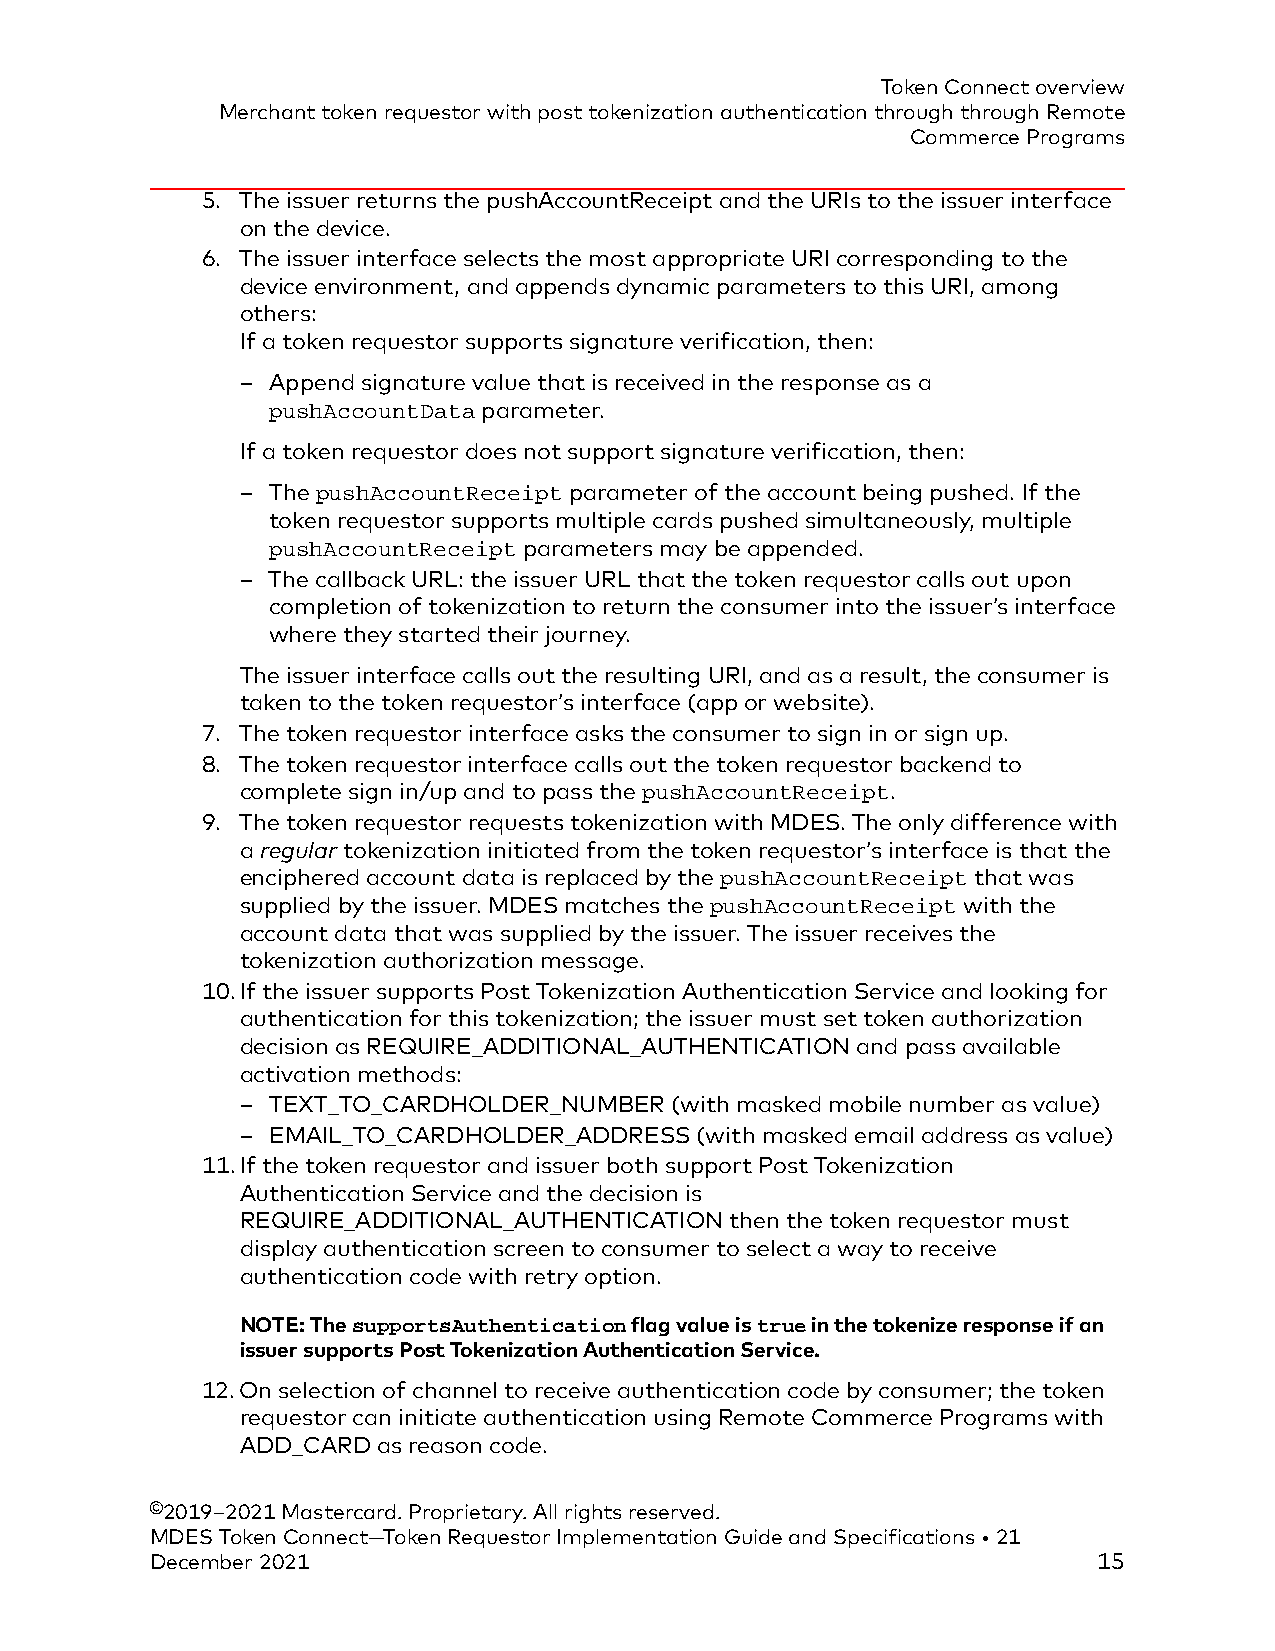
Token Connect overview
 Merchant token requestor with post tokenization authentication through through Remote
 Commerce Programs
 5. The issuer returns the pushAccountReceipt and the URIs to the issuer interface
 on the device.
 6. The issuer interface selects the most appropriate URI corresponding to the
 device environment, and appends dynamic parameters to this URI, among
 others:
 If a token requestor supports signature verification, then:
 – Append signature value that is received in the response as a
 pushAccountData parameter.
 If a token requestor does not support signature verification, then:
 – The pushAccountReceipt parameter of the account being pushed. If the
 token requestor supports multiple cards pushed simultaneously, multiple
 pushAccountReceipt parameters may be appended.
 – The callback URL: the issuer URL that the token requestor calls out upon
 completion of tokenization to return the consumer into the issuer’s interface
 where they started their journey.
 The issuer interface calls out the resulting URI, and as a result, the consumer is
 taken to the token requestor’s interface (app or website).
 7. The token requestor interface asks the consumer to sign in or sign up.
 8. The token requestor interface calls out the token requestor backend to
 complete sign in/up and to pass the pushAccountReceipt.
 9. The token requestor requests tokenization with MDES. The only difference with
 a regular tokenization initiated from the token requestor’s interface is that the
 enciphered account data is replaced by the pushAccountReceipt that was
 supplied by the issuer. MDES matches the pushAccountReceipt with the
 account data that was supplied by the issuer. The issuer receives the
 tokenization authorization message.
 10.If the issuer supports Post Tokenization Authentication Service and looking for
 authentication for this tokenization; the issuer must set token authorization
 decision as REQUIRE_ADDITIONAL_AUTHENTICATION and pass available
 activation methods:
 – TEXT_TO_CARDHOLDER_NUMBER (with masked mobile number as value)
 – EMAIL_TO_CARDHOLDER_ADDRESS (with masked email address as value)
 11.If the token requestor and issuer both support Post Tokenization
 Authentication Service and the decision is
 REQUIRE_ADDITIONAL_AUTHENTICATION then the token requestor must
 display authentication screen to consumer to select a way to receive
 authentication code with retry option.
 NOTE: The supportsAuthentication flag value is true in the tokenize response if an
 issuer supports Post Tokenization Authentication Service.
 12.On selection of channel to receive authentication code by consumer; the token
 requestor can initiate authentication using Remote Commerce Programs with
 ADD_CARD as reason code.
 ©2019–2021 Mastercard. Proprietary. All rights reserved.
 MDES Token Connect—Token Requestor Implementation Guide and Specifications • 21
 December 2021                                                  15